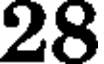
28